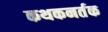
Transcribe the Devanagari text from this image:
कथकनर्तक